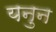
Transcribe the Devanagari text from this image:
यनुन